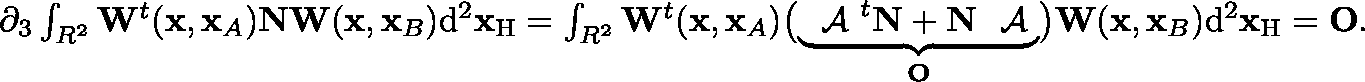
\begin{array} { r } { \partial _ { 3 } \int _ { { \mathbb { R } } ^ { 2 } } { \bf W } ^ { t } ( { \bf x } , { \bf x } _ { A } ) { \bf N } { \bf W } ( { \bf x } , { \bf x } _ { B } ) \mathrm { d } ^ { 2 } { \bf x } _ { \mathrm { H } } = \int _ { { \mathbb { R } } ^ { 2 } } { \bf W } ^ { t } ( { \bf x } , { \bf x } _ { A } ) \bigl ( \underbrace { \mathrm { \boldmath ~ { \cal ~ A } ~ } ^ { t } { \bf N } + { \bf N } \mathrm { \boldmath ~ { \cal ~ A } ~ } } _ { \bf O } \bigr ) { \bf W } ( { \bf x } , { \bf x } _ { B } ) \mathrm { d } ^ { 2 } { \bf x } _ { \mathrm { H } } = { \bf O } . } \end{array}